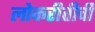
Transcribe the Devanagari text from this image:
लोकरीतीची